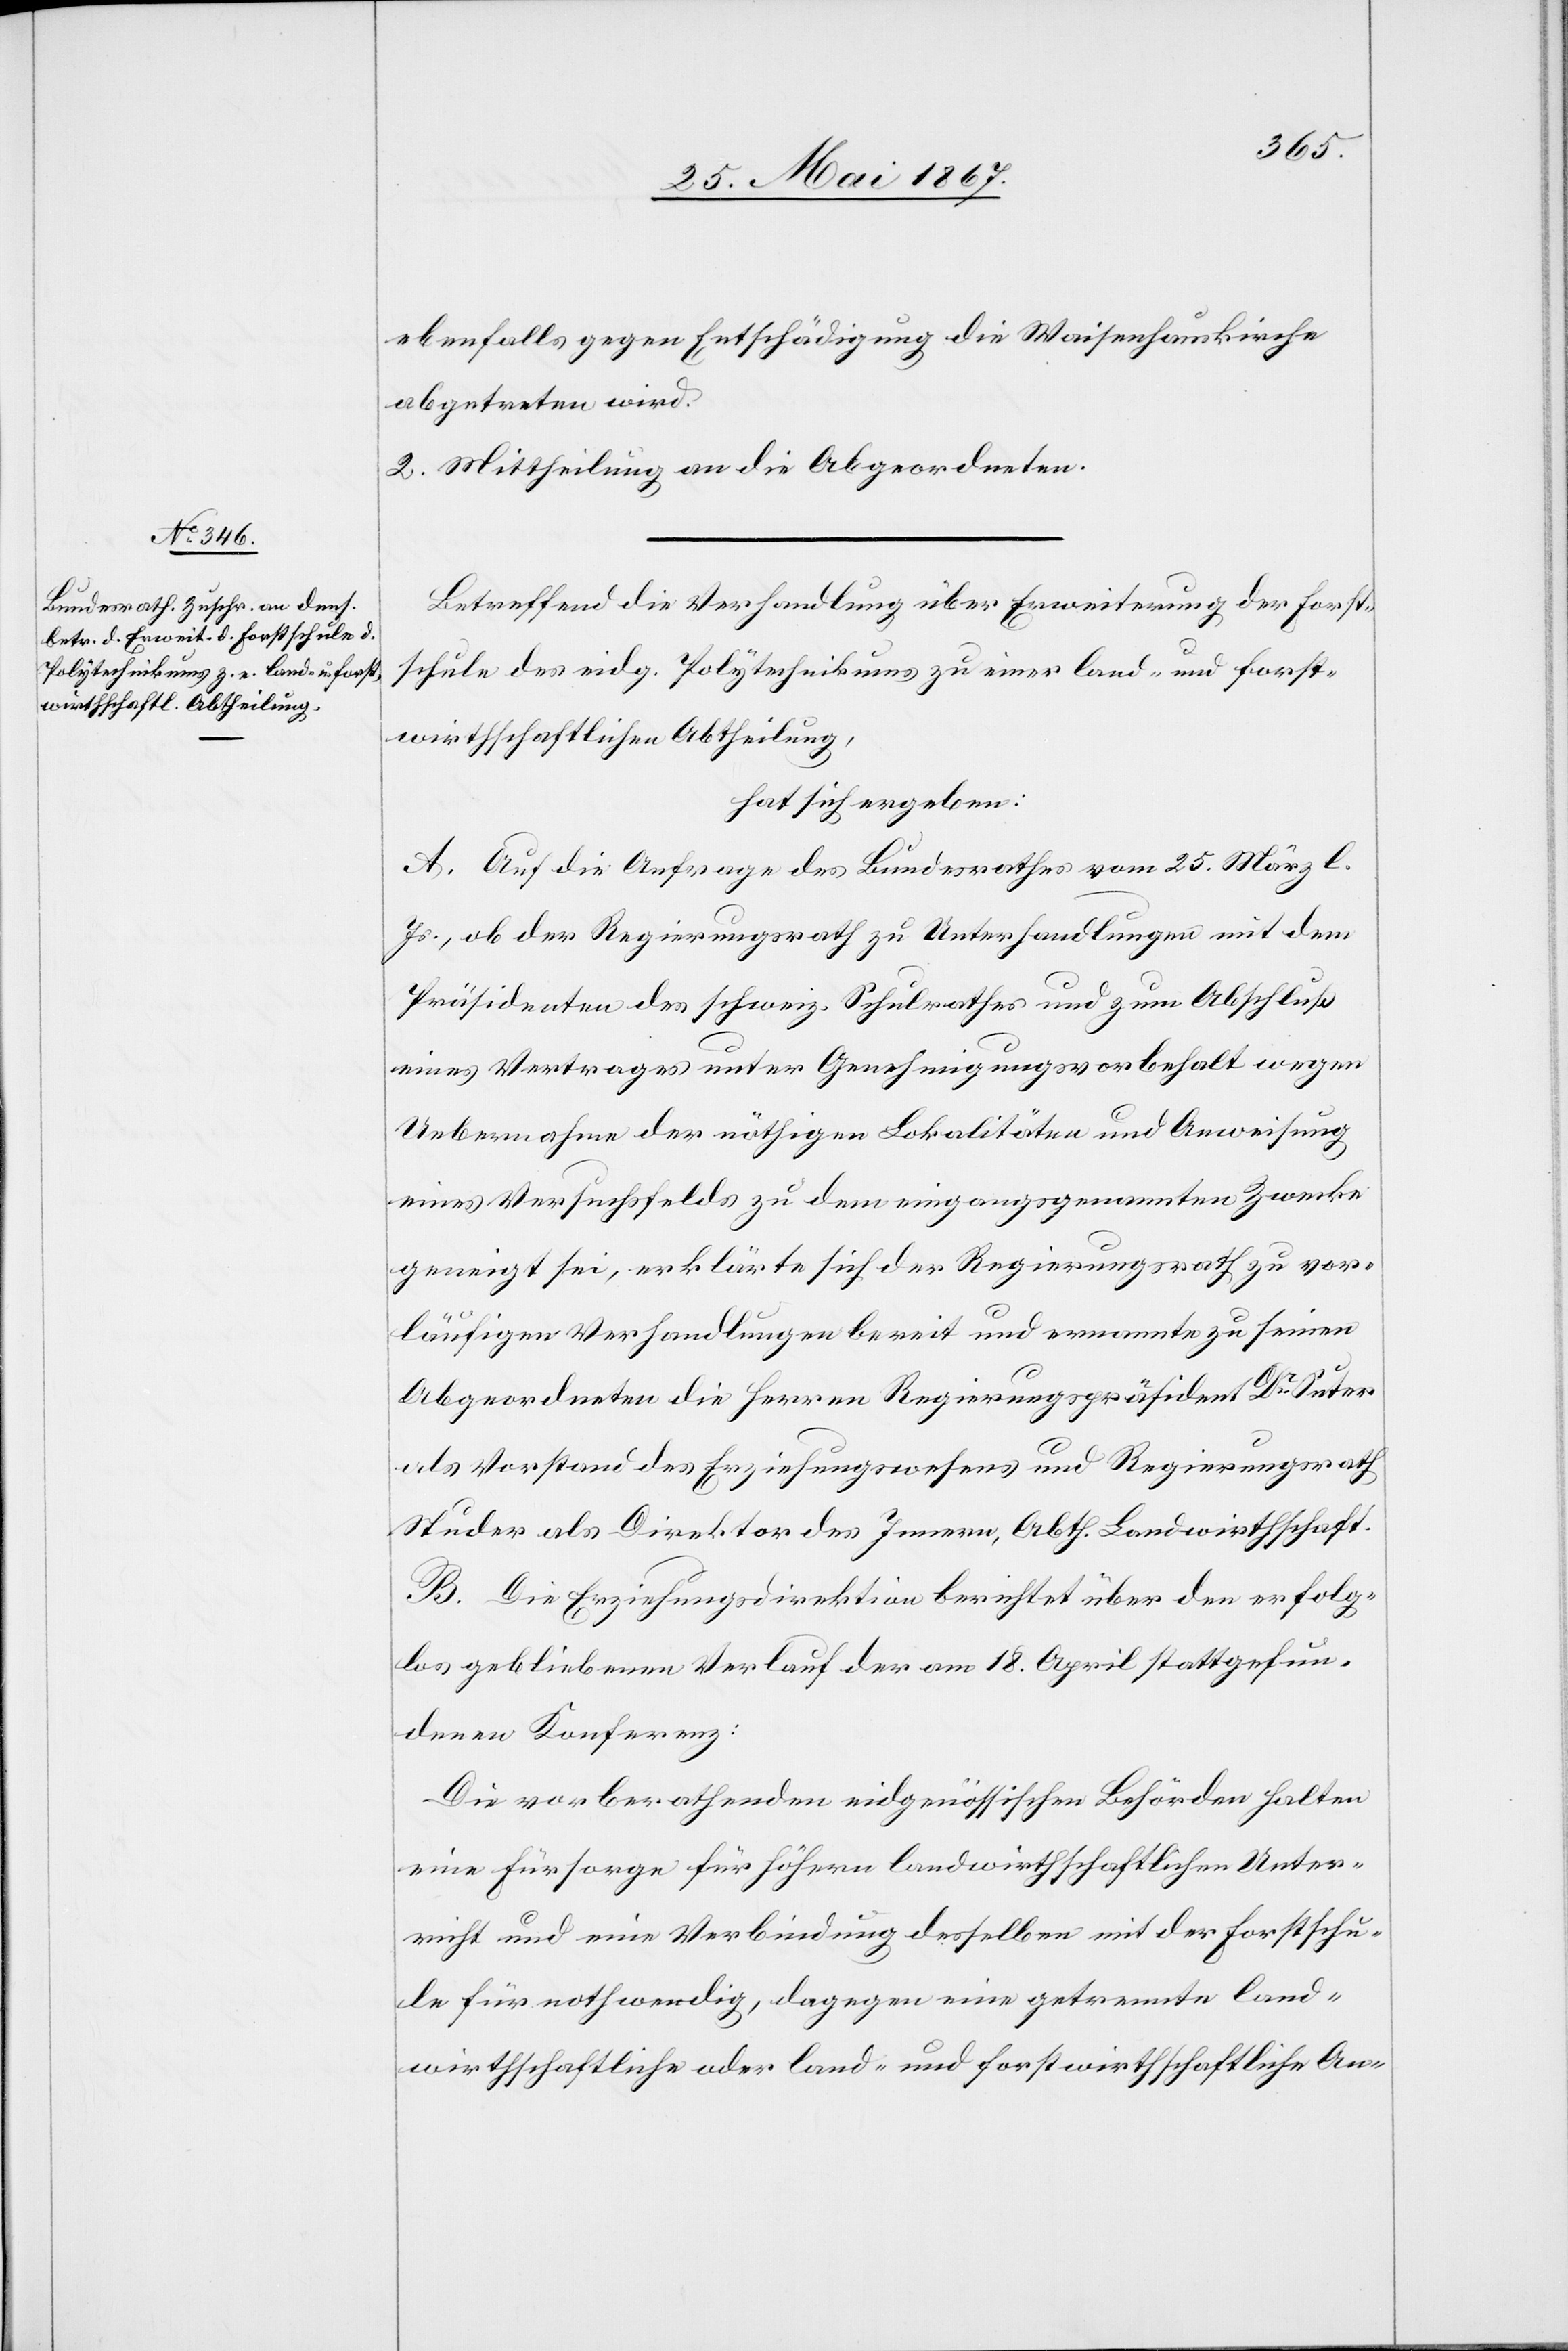
ebenfalls gegen Entschädigung die Waisenhauskirche
abgetreten wird.
2. Mittheilung an die Abgeordneten.
Betreffend die Verhandlung über Erweiterung der Forst¬
schule des eidg. Polytechnikums zu einer land- und forst¬
wirthschaftlichen Abtheilung,
hat sich ergeben:
A. Auf die Anfrage des Bundesrathes vom 25. März l.
Js., ob der Regierungsrath zu Unterhandlung mit dem
Präsidenten des schweiz. Schulrathes und zum Abschluß
eines Vertrages unter Genehmigungsvorbehalt wegen
Uebernahme der nöthigen Lokalitäten und Anweisung
eines Versuchsfelds zu dem eingangsgenannten Zwecke
geneigt sei, erklärte sich der Regierungsrath zu vor¬
läufigen Verhandlungen bereit und ernannte zu seinen
Abgeordneten die Herren Regierungspräsident Dr. Suter
als Vorstand des Erziehungswesens und Regierungsrath
Studer als Direktor des Innern, Abth. Landwirthschaft.
B. Die Erziehungsdirektion berichtet über den erfolg¬
los gebliebenen Verlauf der am 18. April stattgefun¬
denen Konferenz:
Die vorberathenden eidgenössischen Behörden halten
eine Fürsorge für höhern landwirthschaftlichen Unter¬
richt und eine Verbindung desselben mit der Forstschu¬
le für nothwendig, dagegen eine getrennte land¬
wirthschaftliche oder land- und forstwirthschaftliche An-